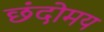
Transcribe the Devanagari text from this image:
छंदोमय